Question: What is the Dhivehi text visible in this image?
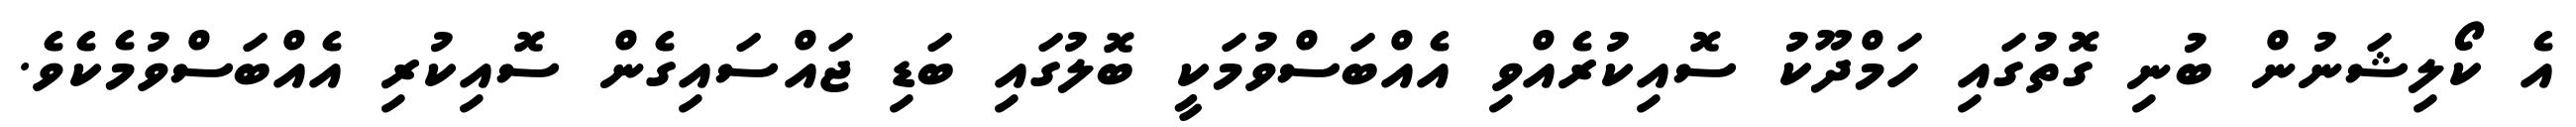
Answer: އެ ކޯލިޝަނުން ބުނި ގޮތުގައި ހަމްދޫކު ސޮއިކުރެއްވި އެއްބަސްވުމަކީ ބޮލުގައި ބަޑި ޖައްސައިގެން ސޮއިކުރި އެއްބަސްވުމެކެވެ.